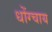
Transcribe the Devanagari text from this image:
धोंग्चाय